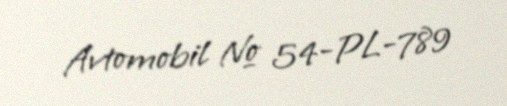
Avtomobil № 54-PL-789